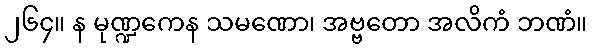
၂၆၄။ န မုဏ္ဍကေန သမဏော၊ အဗ္ဗတော အလိကံ ဘဏံ။